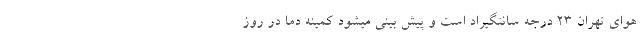
هوای تهران 23 درجه سانتگیراد است و پیش بینی میشود کمینه دما در روز